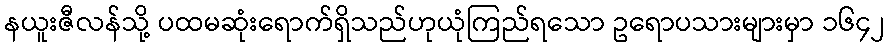
နယူးဇီလန်သို့ ပထမဆုံးရောက်ရှိသည်ဟုယုံကြည်ရသော ဥရောပသားများမှာ ၁၆၄၂